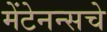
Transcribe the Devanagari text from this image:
मेंटेनन्सचे